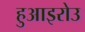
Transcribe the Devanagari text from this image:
हुआइरोउ